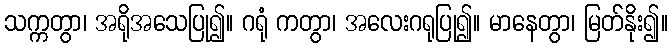
သက္ကတွာ၊ အရိုအသေပြု၍။ ဂရုံ ကတွာ၊ အလေးဂရုပြု၍။ မာနေတွာ၊ မြတ်နိုး၍။